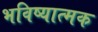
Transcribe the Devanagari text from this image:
भविष्यात्मक